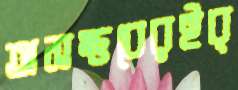
অসম্ভবেরইব্